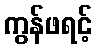
ကွန်ဖရင့်